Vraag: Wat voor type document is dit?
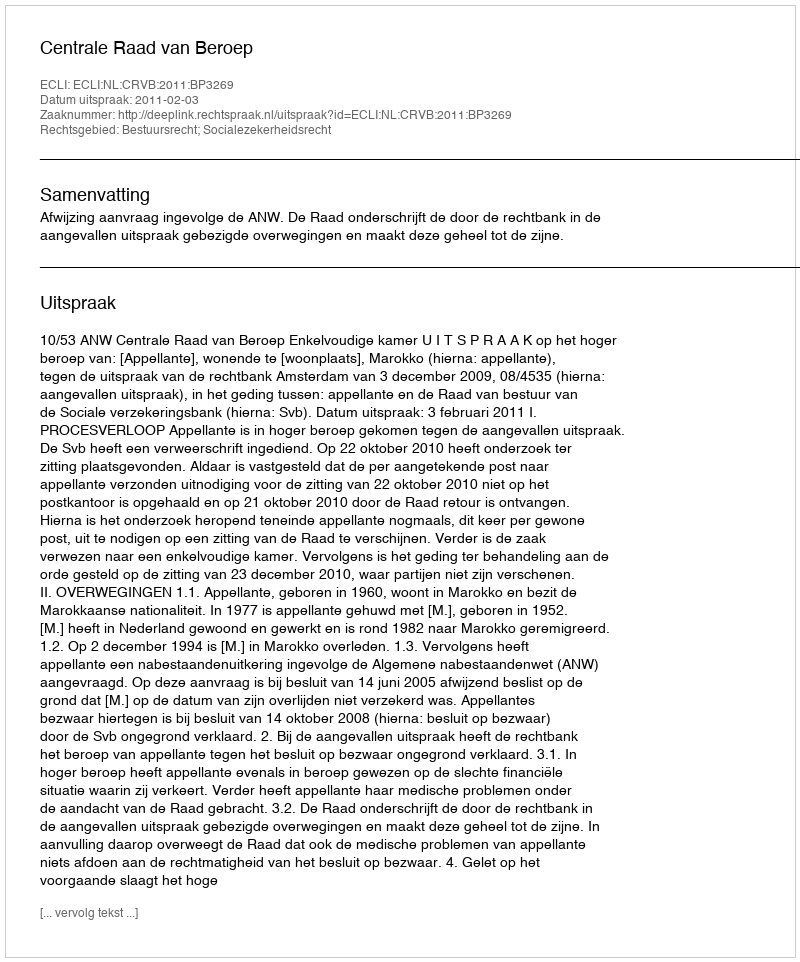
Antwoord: Uitspraak